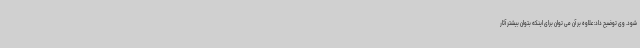
شود. وی توضیح داد: علاوه بر آن می توان برای اینکه بتوان بیشتر آثار